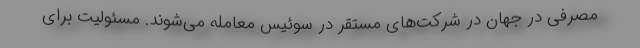
مصرفی در جهان در شرکت‌های مستقر در سوئیس معامله می‌شوند. مسئولیت برای